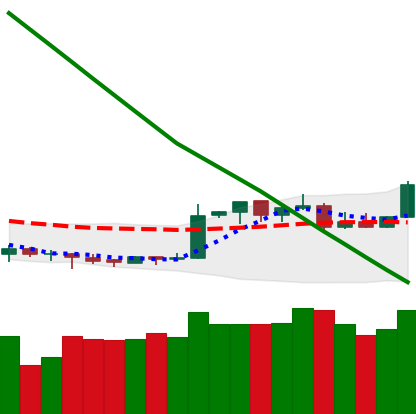
Ticker: XMR-USD
Chart end date: 2019-02-18
Forward return: 4.101%
Label: up_3_5